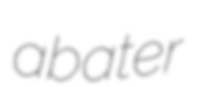
abater